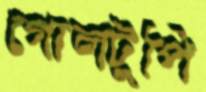
গোলটুপি